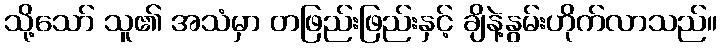
သို့သော် သူ၏ အသံမှာ တဖြည်းဖြည်းနှင့် ချိနဲ့နွမ်းဟိုက်လာသည်။